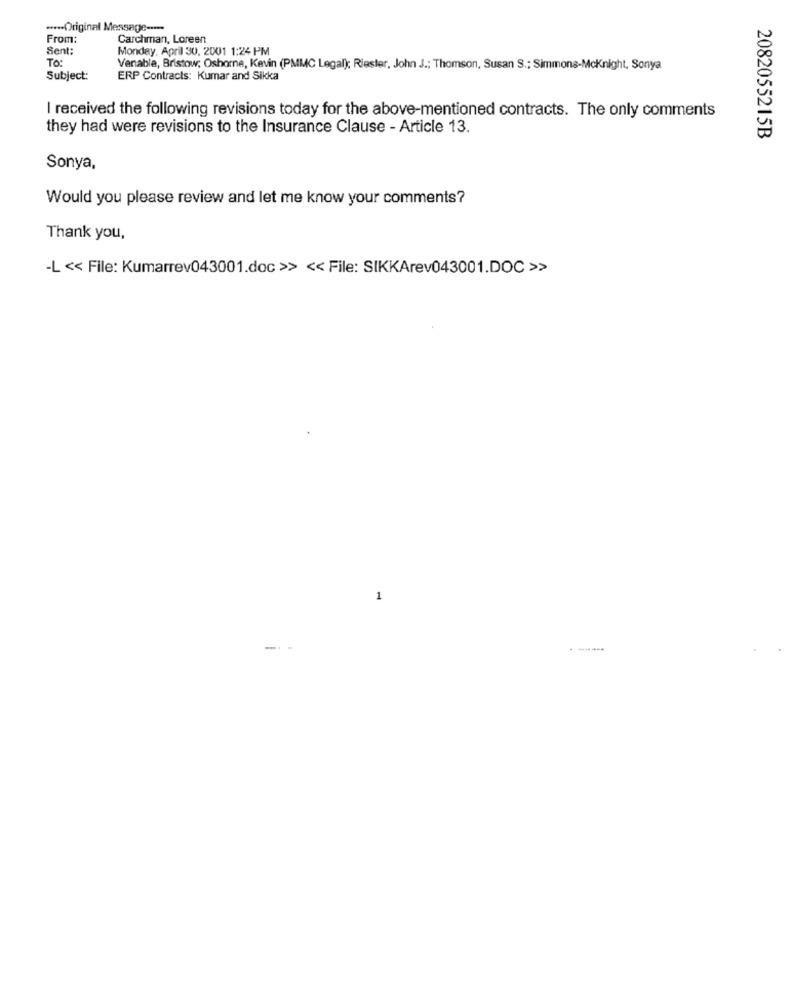
***** Original Message ----
From:
Carchman, Loreen
Sent:
Monday, April 30, 2001 1:24 PM
To:
Ventable, Bristow; Oshorne, Kevin (PMMC Legal); Riester, John J .; Thomson, Susan S .; Simmons-Mcknight, Sonya
Subject:
ERP Contracts: Kumar and Sikka
I received the following revisions today for the above-mentioned contracts. The only comments
they had were revisions to the Insurance Clause - Article 13.
2082055215B
Sonya,
Would you please review and let me know your comments?
Thank you,
-L << File: Kumarrev043001.doc >> << File: SIKKArev043001.DOC >>
1
-- -